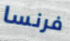
فرنسا